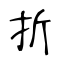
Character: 折